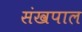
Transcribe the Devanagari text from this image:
संखपाल